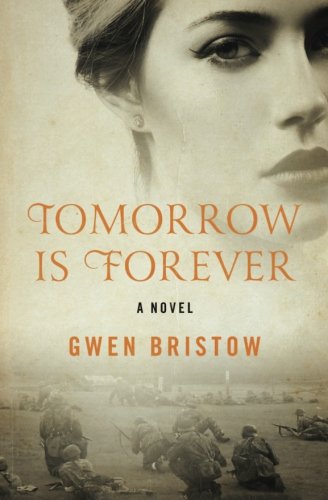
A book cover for Tomorrow Is Forever: A Novel; Gwen Bristow; Romance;